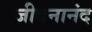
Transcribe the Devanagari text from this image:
जीबनानंद